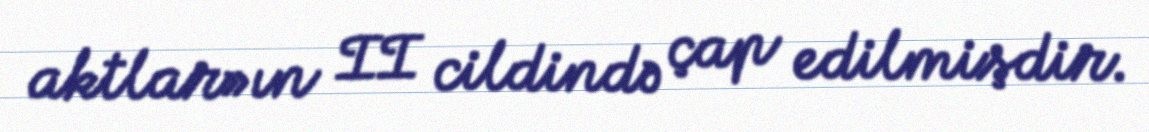
aktlar»ın II cildində çap edilmişdir.